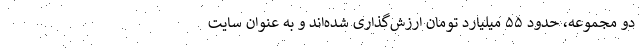
دو مجموعه، حدود ۵۵ میلیارد تومان ارزش‌گذاری شده‌اند و به عنوان سایت